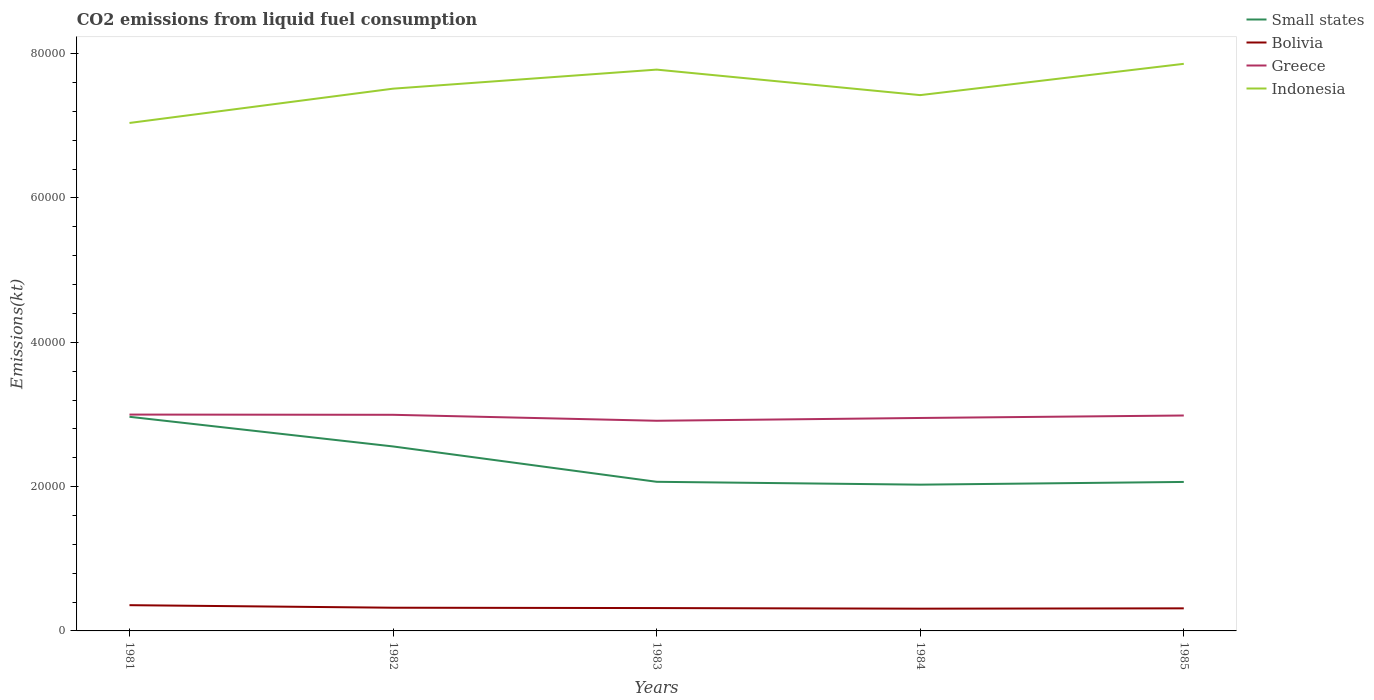
| Years | Small states | Bolivia | Greece | Indonesia |
 | --- | --- | --- | --- | --- |
 | 1981 | 2.97e+04 | 3.57e+03 | 3e+04 | 7.04e+04 |
 | 1982 | 2.56e+04 | 3.22e+03 | 3e+04 | 7.51e+04 |
 | 1983 | 2.07e+04 | 3.17e+03 | 2.91e+04 | 7.78e+04 |
 | 1984 | 2.03e+04 | 3.08e+03 | 2.95e+04 | 7.43e+04 |
 | 1985 | 2.06e+04 | 3.13e+03 | 2.99e+04 | 7.86e+04 |